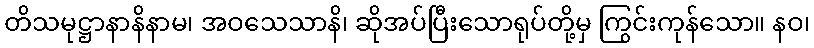
တိသမုဋ္ဌာနာနိနာမ၊ အဝသေသာနိ၊ ဆိုအပ်ပြီးသောရုပ်တို့မှ ကြွင်းကုန်သော။ နဝ၊